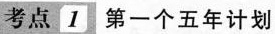
考点1 第一个五年计划